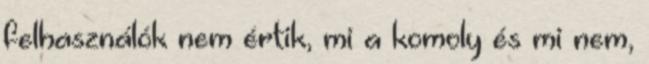
felhasználók nem értik, mi a komoly és mi nem,